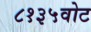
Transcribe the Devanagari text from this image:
८१३५वोट